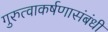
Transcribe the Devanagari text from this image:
गुरुत्वाकर्षणासंबंधी